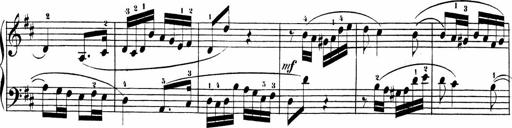
Title: Sonatinen Op.47, 98 und 136, nebst 6 Liedersonatinen
Composer: Carl Reinecke